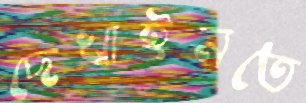
দেখাইনতে